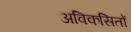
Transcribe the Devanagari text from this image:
अविकसितों